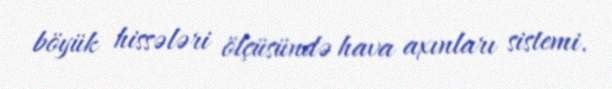
böyük hissələri ölçüsündə hava axınları sistemi.